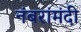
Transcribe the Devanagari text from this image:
नंबरांमंदी